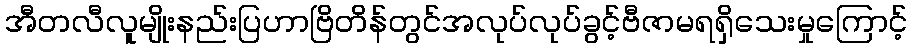
အီတလီလူမျိုးနည်းပြဟာဗြိတိန်တွင်အလုပ်လုပ်ခွင့်ဗီဇာမရရှိသေးမှုကြောင့်